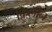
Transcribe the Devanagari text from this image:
फ़िलीन